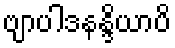
ဗျာပါဒနန္ဒိယာပိ